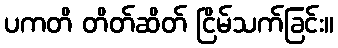
ပကတိ တိတ်ဆိတ် ငြိမ်သက်ခြင်း။